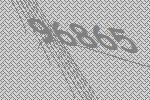
96865